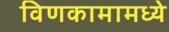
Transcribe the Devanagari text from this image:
विणकामामध्ये